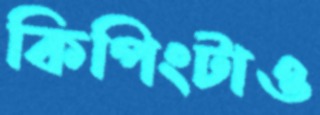
কিপিংটাও